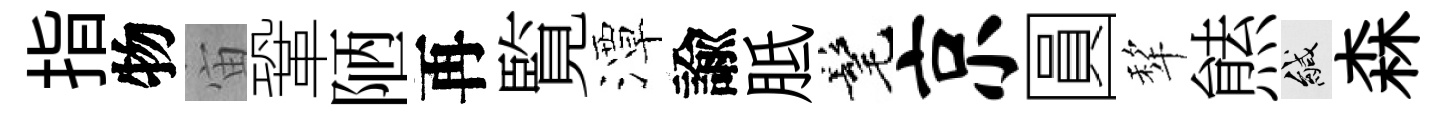
指物宙鞏陋再覧潭諭胝髦京圓犂㷱緘森